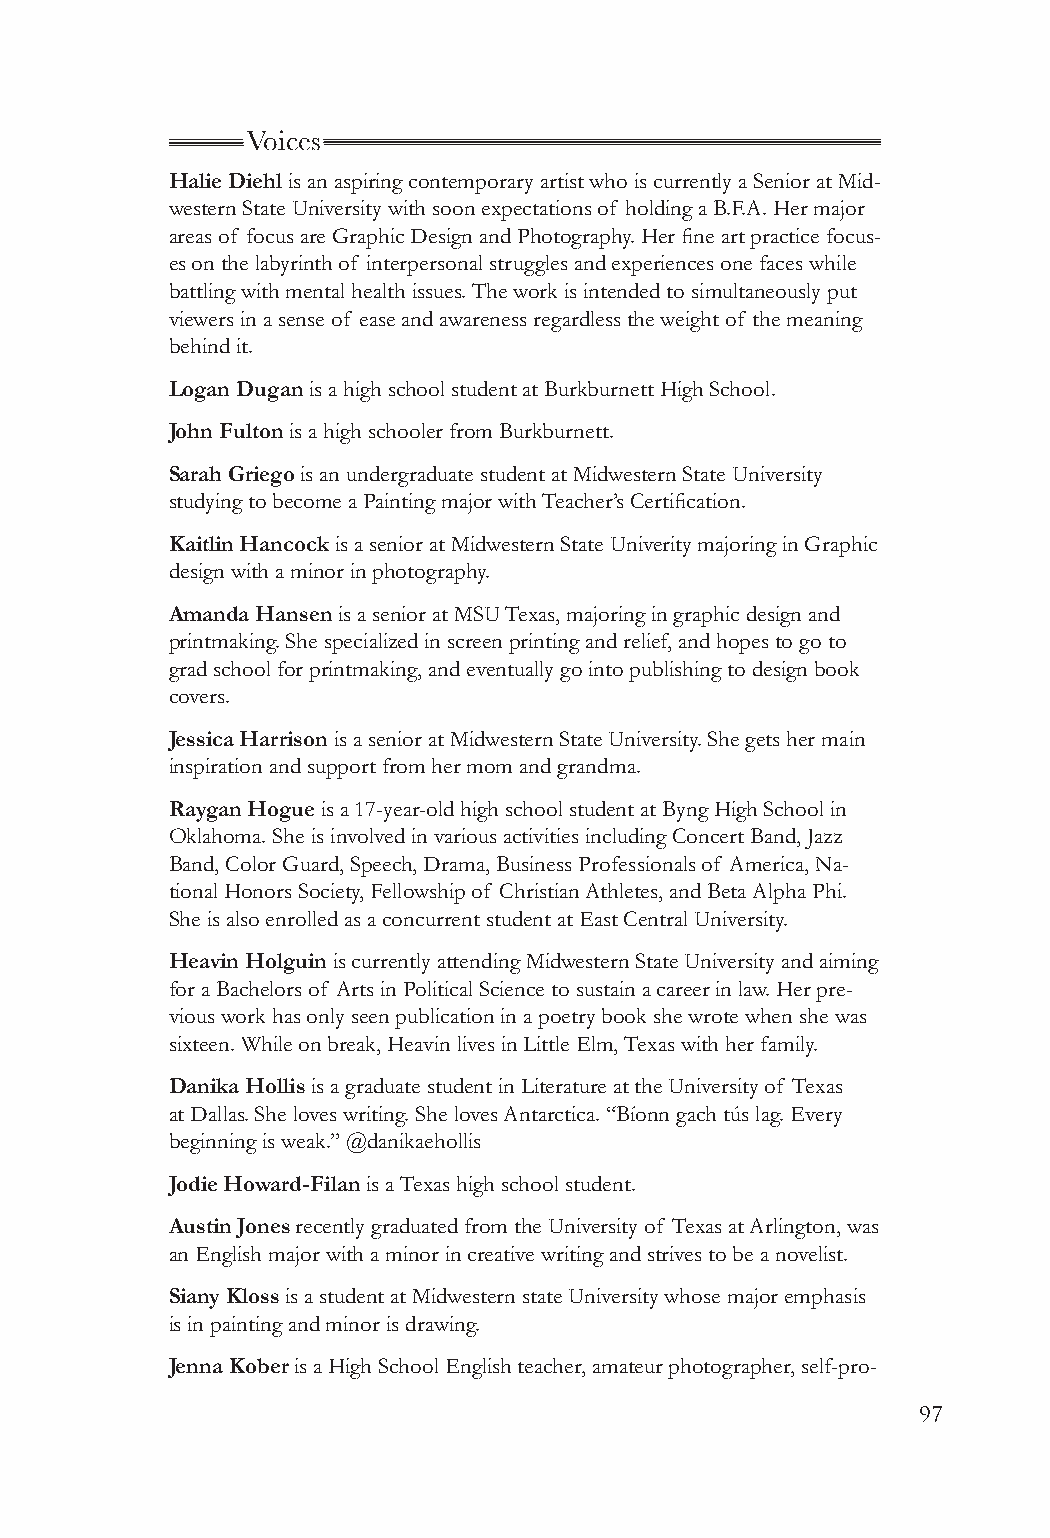
Voices
 Halie Diehl is an aspiring contemporary artist who is currently a Senior at Mid-
 western State University with soon expectations of holding a B.F.A. Her major
 areas of focus are Graphic Design and Photography. Her fine art practice focus-
 es on the labyrinth of interpersonal struggles and experiences one faces while
 battling with mental health issues. The work is intended to simultaneously put
 viewers in a sense of ease and awareness regardless the weight of the meaning
 behind it.
 Logan Dugan is a high school student at Burkburnett High School.
 John Fulton is a high schooler from Burkburnett.
 Sarah Griego is an undergraduate student at Midwestern State University
 studying to become a Painting major with Teacher’s Certification.
 Kaitlin Hancock is a senior at Midwestern State Univerity majoring in Graphic
 design with a minor in photography.
 Amanda Hansen is a senior at MSU Texas, majoring in graphic design and
 printmaking. She specialized in screen printing and relief, and hopes to go to
 grad school for printmaking, and eventually go into publishing to design book
 covers.
 Jessica Harrison is a senior at Midwestern State University. She gets her main
 inspiration and support from her mom and grandma.
 Raygan Hogue is a 17-year-old high school student at Byng High School in
 Oklahoma. She is involved in various activities including Concert Band, Jazz
 Band, Color Guard, Speech, Drama, Business Professionals of America, Na-
 tional Honors Society, Fellowship of Christian Athletes, and Beta Alpha Phi.
 She is also enrolled as a concurrent student at East Central University.
 Heavin Holguin is currently attending Midwestern State University and aiming
 for a Bachelors of Arts in Political Science to sustain a career in law. Her pre-
 vious work has only seen publication in a poetry book she wrote when she was
 sixteen. While on break, Heavin lives in Little Elm, Texas with her family.
 Danika Hollis is a graduate student in Literature at the University of Texas
 at Dallas. She loves writing. She loves Antarctica. “Bíonn gach tús lag. Every
 beginning is weak.” @danikaehollis
 Jodie Howard-Filan is a Texas high school student.
 Austin Jones recently graduated from the University of Texas at Arlington, was
 an English major with a minor in creative writing and strives to be a novelist.
 Siany Kloss is a student at Midwestern state University whose major emphasis
 is in painting and minor is drawing.
 Jenna Kober is a High School English teacher, amateur photographer, self-pro-
 97